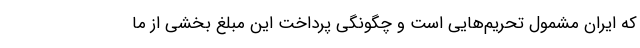
که ایران مشمول تحریم‌هایی است و چگونگی پرداخت این مبلغ بخشی از ما